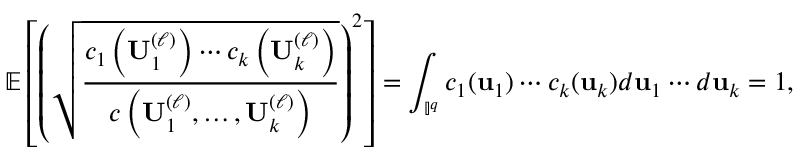
\mathbb { E } \left[ \left( \sqrt { \frac { c _ { 1 } \left( \mathbf { U } _ { 1 } ^ { ( \ell ) } \right) \cdots c _ { k } \left( \mathbf { U } _ { k } ^ { ( \ell ) } \right) } { c \left( \mathbf { U } _ { 1 } ^ { ( \ell ) } , \dots , \mathbf { U } _ { k } ^ { ( \ell ) } \right) } } \right) ^ { 2 } \right] = \int _ { \mathbb { I } ^ { q } } c _ { 1 } ( \mathbf { u } _ { 1 } ) \cdots c _ { k } ( \mathbf { u } _ { k } ) d \mathbf { u } _ { 1 } \cdots d \mathbf { u } _ { k } = 1 ,